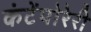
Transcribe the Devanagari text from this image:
कंटेंपोरेरी